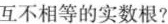
互不相等的实数根？